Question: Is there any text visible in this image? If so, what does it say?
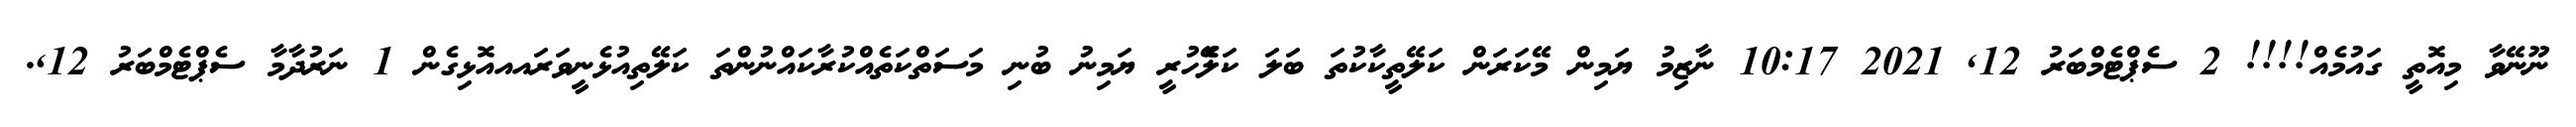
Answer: ނޫނޭވާ މިއޮތީ ގައުމެއް!!!! 2 ސެޕްޓެމްބަރު 12, 2021 10:17 ނާޒިމު ޔަމިން މޭކަރަން ކަލޭތީކާކުތަ ބަލަ ކަލެޭހުރީ ޔަމިނު ބުނި މަސަތްކަތެއްކުރާކައްނުންތަ ކަލޭތިއުޅެނީވަރައއއޮޅިގެން 1 ނަރުދާމާ ސެޕްޓެމްބަރު 12,.